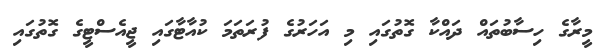
މީރާގެ ހިސާބުތައް ދައްކާ ގޮތުގައި މި އަހަރުގެ ފުރަތަމަ ކުއާޓާގައި ޖީއެސްޓީގެ ގޮތުގައި